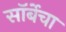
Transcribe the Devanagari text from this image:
सॉर्बेचा